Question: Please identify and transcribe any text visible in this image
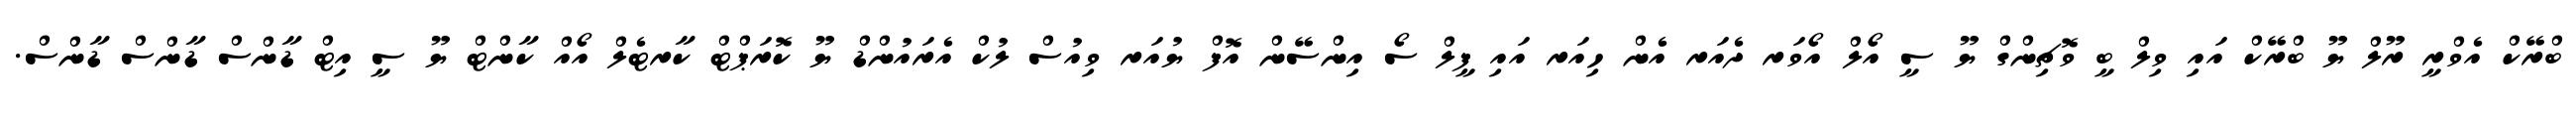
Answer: ބްރޭކް އެވްރީ ރޫލް ޔޫ ބްރޭކް އައި ވިލް ބީ ވޮޗިންގް ޔޫ ސީ އޯލް އޯވަރ ދެއަރ އެން ހިއަރ އައި ފީލް ސޯ އިންސޭން އޮފް ޔުއަރ ވިއުސް ލުކް އެރައުންޑް ޔޫ ކޮރަޕްޓް ކާރޓެލް އޯއް ކާންޓް ޔޫ ސީ އިޓް ޑާންސް ޑާންސް ޑާންސް.